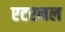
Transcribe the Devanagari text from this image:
एटरनल